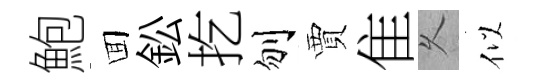
鮑囬鈆扢刎賈隹乆似